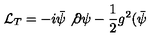
{ \cal L } _ { T } = - i \bar { \psi } \not { \partial } \psi - \frac { 1 } { 2 } g ^ { 2 } ( \bar { \psi }